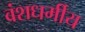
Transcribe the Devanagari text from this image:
वंशधर्मीय